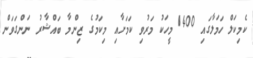
ކެމިކަލް ހަމަލާގައި 1400 މީހަކު މަރުވި ކަމަށާއި މިކަމުގެ ޒިންމާ ބައްޝާރު ނަންގަވަން